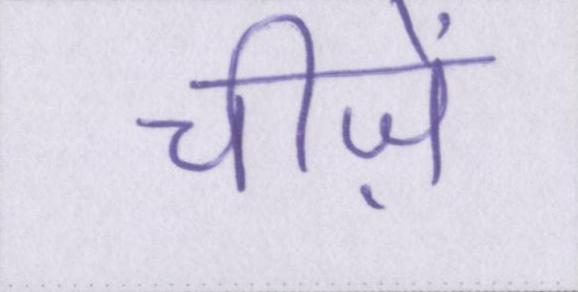
चीज़ें